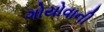
ગોયોવાની